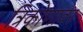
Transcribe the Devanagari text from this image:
त्रिकोणावर